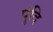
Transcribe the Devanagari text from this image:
पुंदि